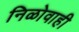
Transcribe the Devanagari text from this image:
निळोवाही